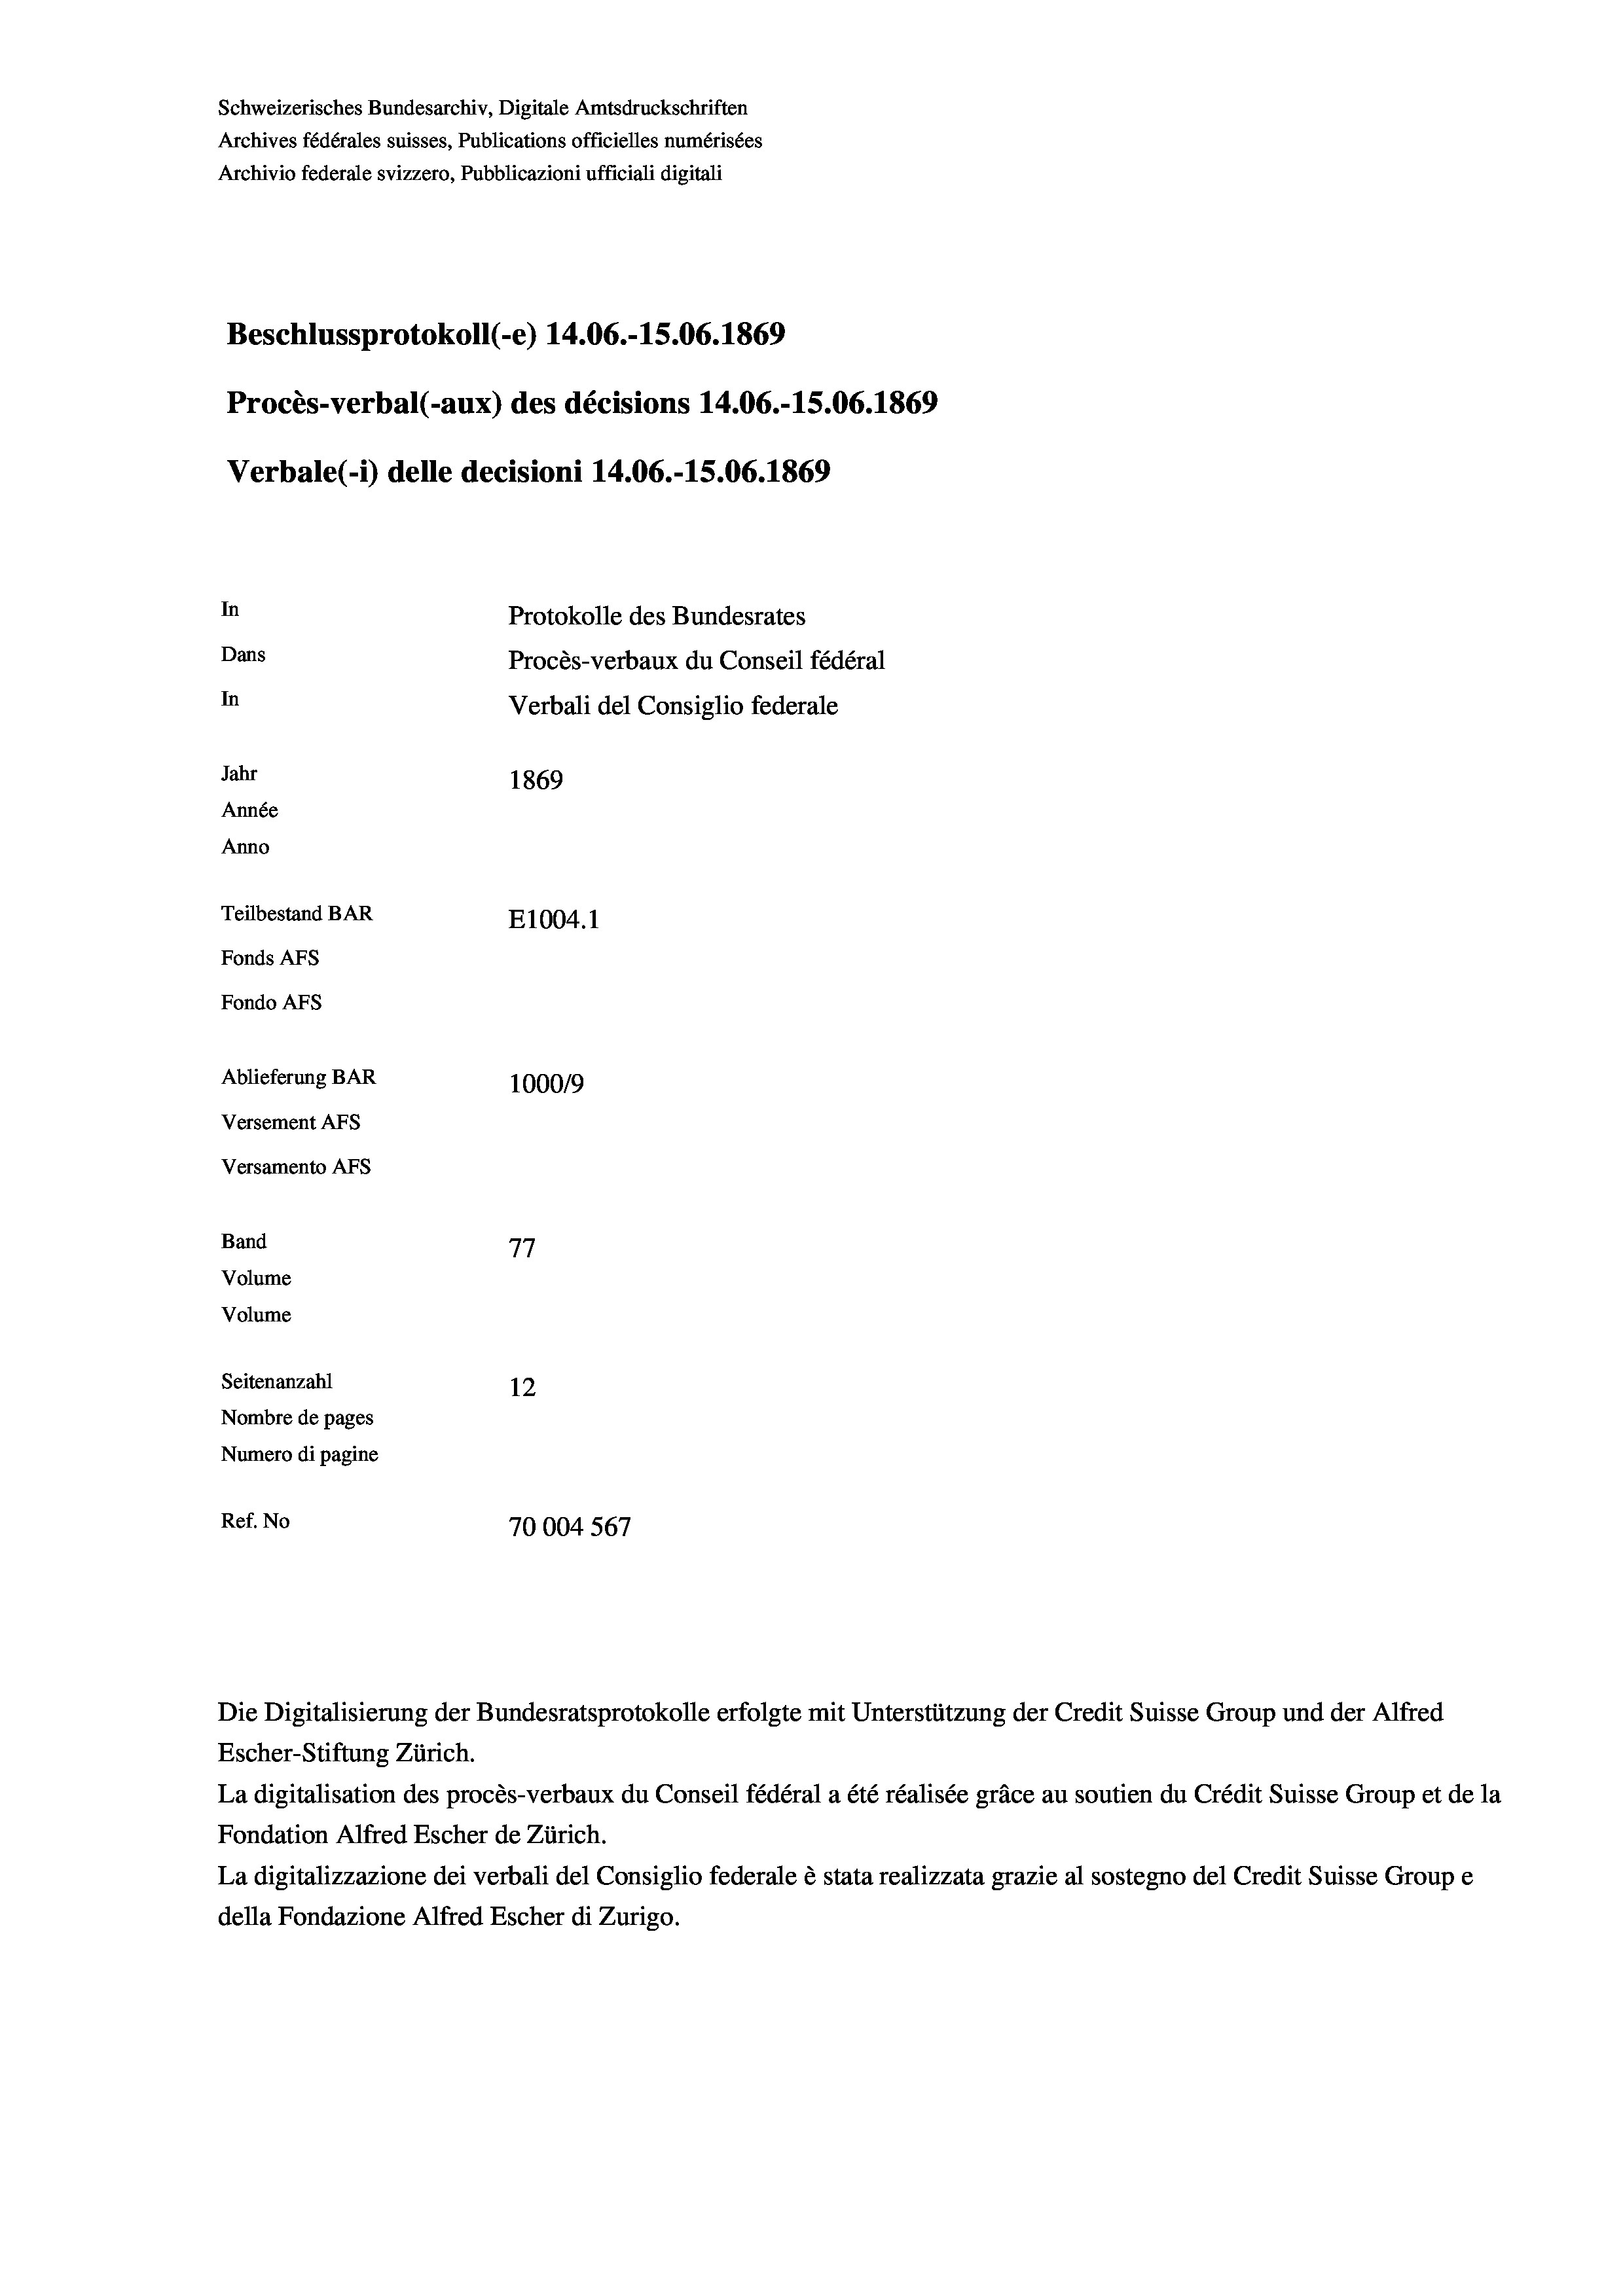
Schweizerisches Bundesarchiv, Digitale Amtsdruckschriften
Archives fédérales suisses, Publications officielles numérisées
Archivio federale svizzero, Pubblicazioni ufficiali digitali
Beschlussprotokoll (-e) 14.06.-15.06. 1869
Procès-verbal (-aux) des décisions 14.06.-15.06. 1869
Verbale (i) delle decisioni 14.06.-15.06. 1869
In
Protokolle des Bundesrates
Dans
Procès-verbaux du Conseil fédéral
In
Verbali del Consiglio federale
Jahr
1869
Année
Anno
Teilbestand BAR
E1004.1
Fonds Afs
Fondo AFs
Ablieferung BAR
100019
Versement AFS
Versamento Afs
Band
77
Volume
Volume
Seitenanzahl
12
Nombre de pages
Numero di pagine
Ref. No
70004567

Escher-Stiftung Zürich.
La digitalisation des procès-verbaux du Conseil fédéral a été réalisée gräce au soutien du Crédit Suisse Group et de la
Fondation Alfred Escher de Zürich.
La digitalizzazione dei verbali del Consiglio federale è stata realizzata grazie al sostegno del Credit Suisse Groupe
della Fondazione Alfred Escher di Zurigo.

Die Digitalisierung der Bundesratsprotokolle erfolgte mit Unterstützung der Credit Suisse Group und der Alfred